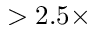
> 2 . 5 \times